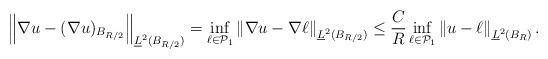
LaTeX: \begin{align*} \left\| \nabla u - (\nabla u)_{B_{R/2}} \right\|_{\underline{L}^2(B_{R/2})} = \inf_{\ell \in \mathcal{P}_1} \left\| \nabla u - \nabla \ell \right\|_{\underline{L}^2(B_{R/2})} \leq \frac{C}{R} \inf_{\ell \in \mathcal{P}_1} \left\| u - \ell \right\|_{\underline{L}^2(B_{R})}.\end{align*}